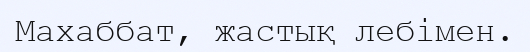
Махаббат, жастық лебімен.